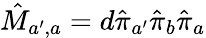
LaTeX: \hat{M}_{a^{\prime},a}=d\hat{\pi}_{a^{\prime}}\hat{\pi}_{b}\hat{\pi}_{a}